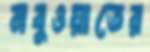
নবুওয়াতের